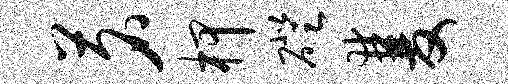
茗柙磴双